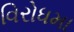
વિરોધમા